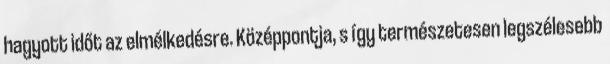
hagyott időt az elmélkedésre. Középpontja, s így természetesen legszélesebb